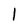
Character: l